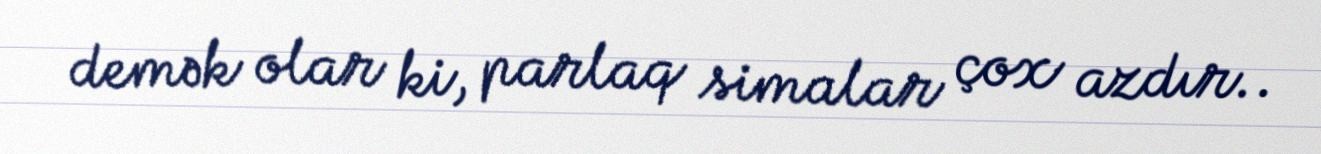
demək olar ki, parlaq simalar çox azdır..